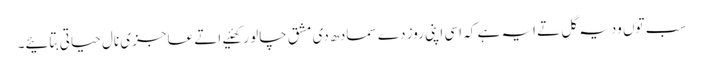
سب توں ودیہ گل تے ایہ ہے کہ اسی اپنی روز دے سمادھ دی مشق چالو رکھئیے اتے عاجزی نال حیاتی بِتائیے۔